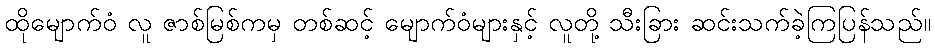
ထိုမျောက်ဝံ လူ ဇာစ်မြစ်ကမှ တစ်ဆင့် မျောက်ဝံများနှင့် လူတို့ သီးခြား ဆင်းသက်ခဲ့ကြပြန်သည်။